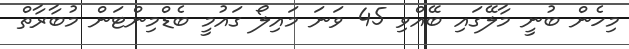
މިހެން ބުނީ މާލޭގައި ބޭއްވި 45 ވަނަ މައިލޯ ގައުމީ ބެޑްމިންޓަން މުބާރާތް